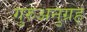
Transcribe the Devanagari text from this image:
गुरुअनुग्रह